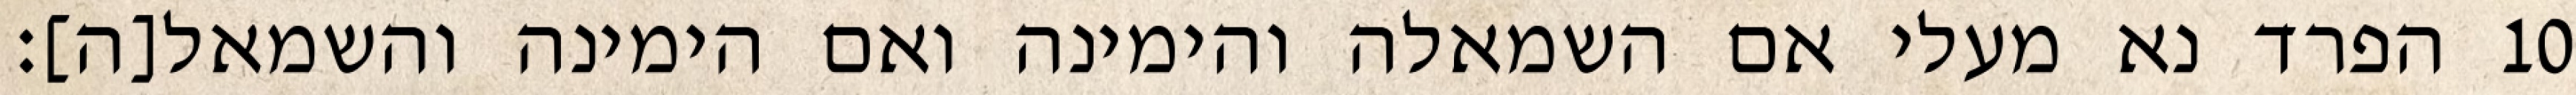
הפרד נא מעלי אם השמאלה והימינה ואם הימינה והשמאל[ה]׃ ‎10‏